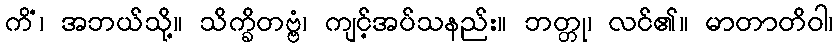
ကိံ၊ အဘယ်သို့။ သိက္ခိတဗ္ဗံ၊ ကျင့်အပ်သနည်း။ ဘတ္တု၊ လင်၏။ မာတာတိဝါ၊